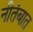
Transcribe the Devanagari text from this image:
नीतंबात